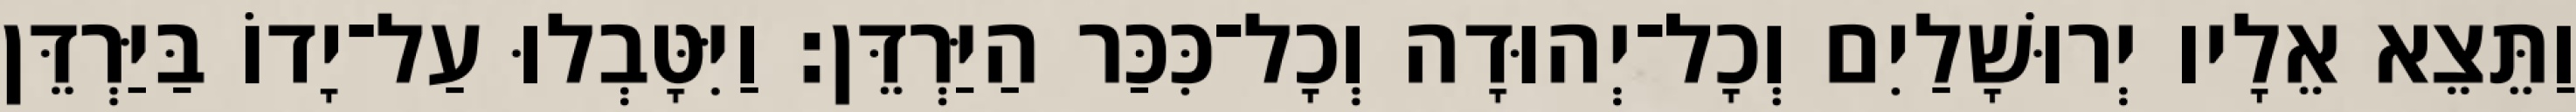
וַתֵּצֵא אֵלָיו יְרוּשָׁלַיִם וְכָל־יְהוּדָה וְכָל־כִּכַּר הַיַּרְדֵּן׃ וַיִּטָּבְלוּ עַל־יָדוֹ בַּיַּרְדֵּן